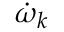
\dot { \omega } _ { k }